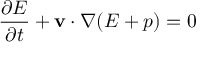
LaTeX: { \frac { \partial E } { \partial t } } + { \bf { v } } \cdot \nabla ( E + p ) = 0